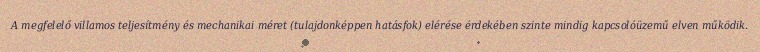
A megfelelő villamos teljesítmény és mechanikai méret (tulajdonképpen hatásfok) elérése érdekében szinte mindig kapcsolóüzemű elven működik.